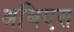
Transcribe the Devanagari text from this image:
अबिएस